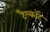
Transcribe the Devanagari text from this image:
टैल्कॉट